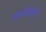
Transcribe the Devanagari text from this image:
काळापेक्षाही